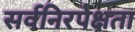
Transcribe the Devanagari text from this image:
सर्वनिरपेक्षता